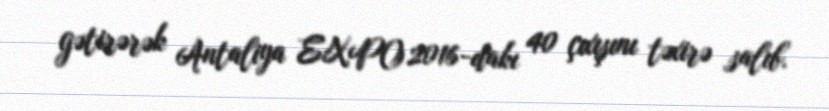
gətirərək Antaliya EXPO 2016-dakı 40 çıxışını təxirə salıb.